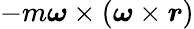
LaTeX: -m{\boldsymbol{\omega}}\times({\boldsymbol{\omega}}\times{\boldsymbol{r}})